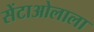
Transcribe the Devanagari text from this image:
सेंटाओलाला